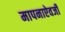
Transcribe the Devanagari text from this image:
मापनाऐवजी